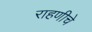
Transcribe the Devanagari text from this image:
राहणीचे